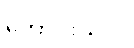
ကောင်းသလို